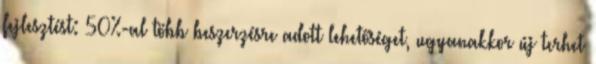
fejlesztést: 50%-al több beszerzésre adott lehetőséget, ugyanakkor új terhet